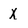
Character: x